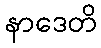
နာဒေတိ